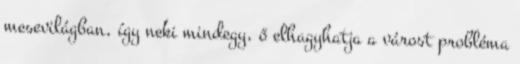
mesevilágban, így neki mindegy, ő elhagyhatja a várost probléma